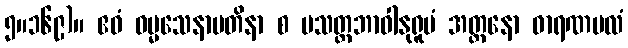
၅။၁၆၉)။ ဧဝံ ဓမ္မသေနာပတိနာ စ ပသတ္ထဘာဝါနုရူပံ အတ္တနော ဓာရဏဗလံ